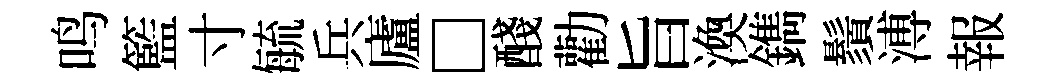
鸣籃寸毓兵廬□醆勸旨渙鐫鬚溥報